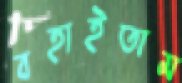
বহাইতাম